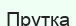
Прутқа